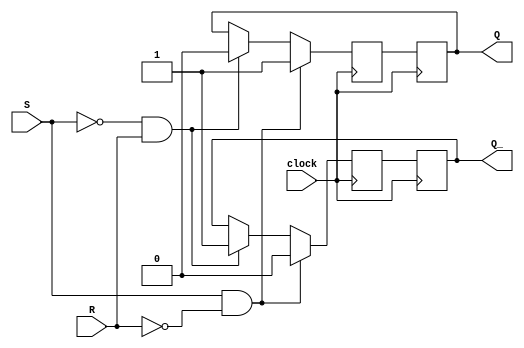
module SR_latch (
    input S,
    input R,
    input clock,
    output reg Q,
    output reg Q_
);

reg Q_next, Q_next_;

always @(posedge clock) begin
    if (S && !R) begin
        Q_next = 1;
        Q_next_ = 0;
    end else if (!S && R) begin
        Q_next = 0;
        Q_next_ = 1;
    end else begin
        Q_next = Q;
        Q_next_ = Q_;
    end
end

always @(posedge clock) begin
    Q <= Q_next;
    Q_ <= Q_next_;
end

endmodule